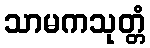
သာမကသုတ္တံ